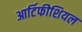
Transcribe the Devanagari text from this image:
आर्टिफीशियल